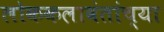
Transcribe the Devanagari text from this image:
लोककलावंतांच्या